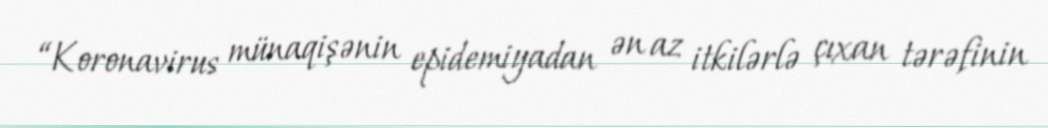
“Koronavirus münaqişənin epidemiyadan ən az itkilərlə çıxan tərəfinin